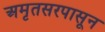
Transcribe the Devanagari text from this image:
अमृतसरपासून